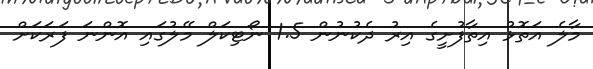
މާލެ އަތޮޅު އިތާފުށީގެ އިރު ދެކުނުން 1.5 ނޯޓިކަލް މޭލުގައި އޮންނަ ފަރަކަށް